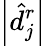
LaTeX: \left\lvert\hat{d}_{j}^{r}\right\rvert